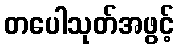
တပေါသုတ်အဖွင့်